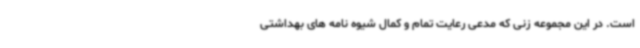
است. در این مجموعه زنی که مدعی رعایت تمام و کمال شیوه نامه های بهداشتی